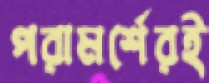
পরামর্শেরই